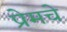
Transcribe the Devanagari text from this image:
प्रेमचे